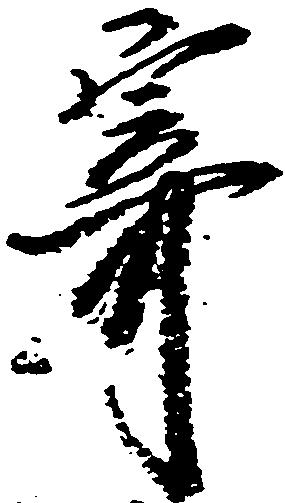
寄